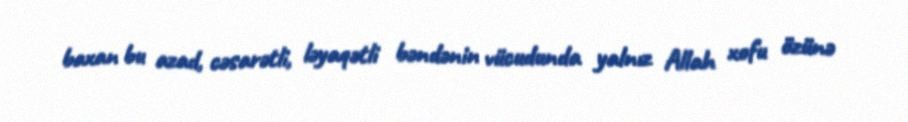
baxan bu azad, cəsarətli, ləyaqətli bəndənin vücudunda yalnız Allah xofu özünə